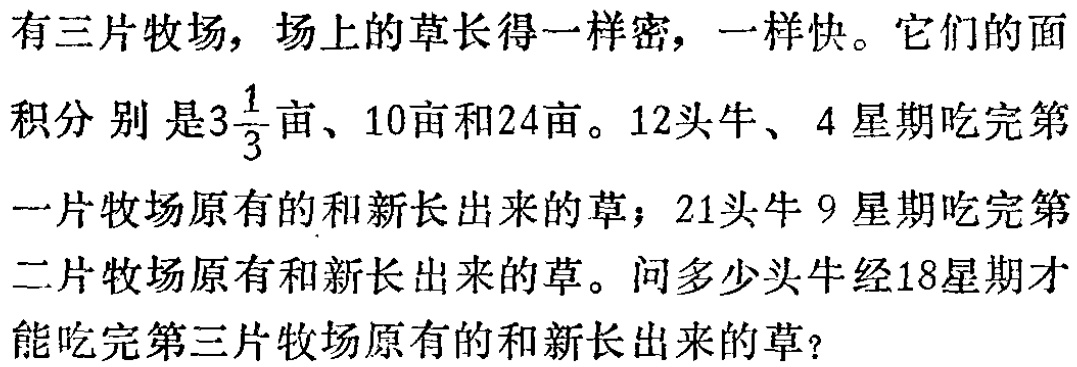
有三片牧场，场上的草长得一样密，一样快。它们的面积分别是\(3\frac{1}{3}\)亩、10亩和24亩。12头牛、4星期吃完第一片牧场原有的和新长出来的草；21头牛9星期吃完第二片牧场原有和新长出来的草。问多少头牛经18星期才能吃完第三片牧场原有的和新长出来的草？